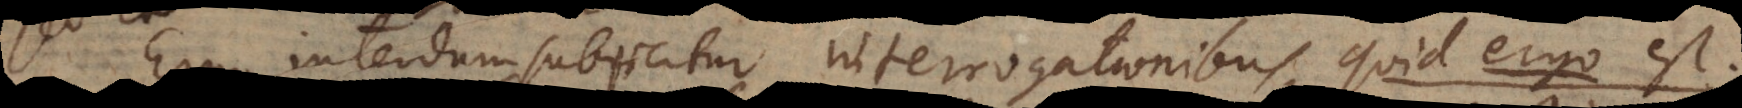
interdum subjicitur interrogationibus, quid e r